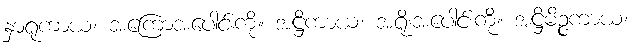
နှာရုကာယံ၊ အကြောအပေါင်းကို။ အဋ္ဌိကာယံ၊ အရိုးအပေါင်းကို။ အဋ္ဌိမိဉ္ဇကာယံ၊